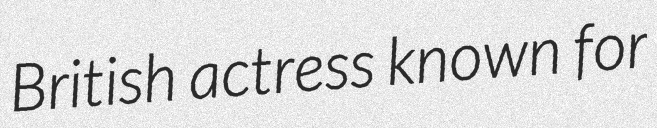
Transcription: British actress known for